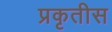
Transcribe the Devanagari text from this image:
प्रकृतीस